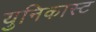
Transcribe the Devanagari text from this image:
युनिकास्ट